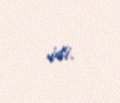
idi.